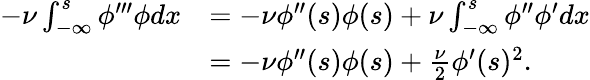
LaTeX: \begin{array}{rl}{-\nu\int_{-\infty}^{s}\phi^{\prime\prime\prime}\phi dx}&{=-\nu\phi^{\prime\prime}(s)\phi(s)+\nu\int_{-\infty}^{s}\phi^{\prime\prime}\phi^{\prime}dx}\\ &{=-\nu\phi^{\prime\prime}(s)\phi(s)+\frac{\nu}{2}\phi^{\prime}(s)^{2}.}\end{array}